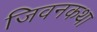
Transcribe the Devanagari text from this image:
जिवनकथा